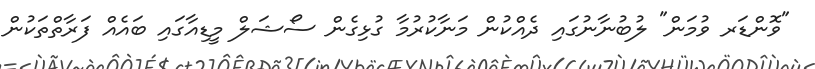
"ވޮންޑަރ ވުމަން" ލުބުނާނުގައި ދެއްކުން މަނާކުރުމާ ގުޅިގެން ސޯޝަލް މީޑިއާގައި ބައެއް ފަރާތްތަކުން